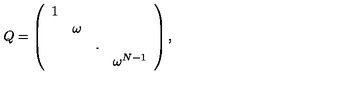
Q = \left( \begin{array} { c c c c } { 1 } & { } & { } & { } \\ { } & { \omega } & { } & { } \\ { } & { } & { . } & { } \\ { } & { } & { } & { \omega ^ { N - 1 } } \\ \end{array} \right) ,